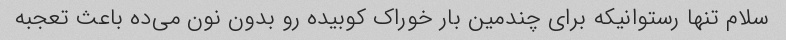
سلام تنها رستوانیکه برای چندمین بار خوراک کوبیده رو بدون نون می‌ده باعث تعجبه